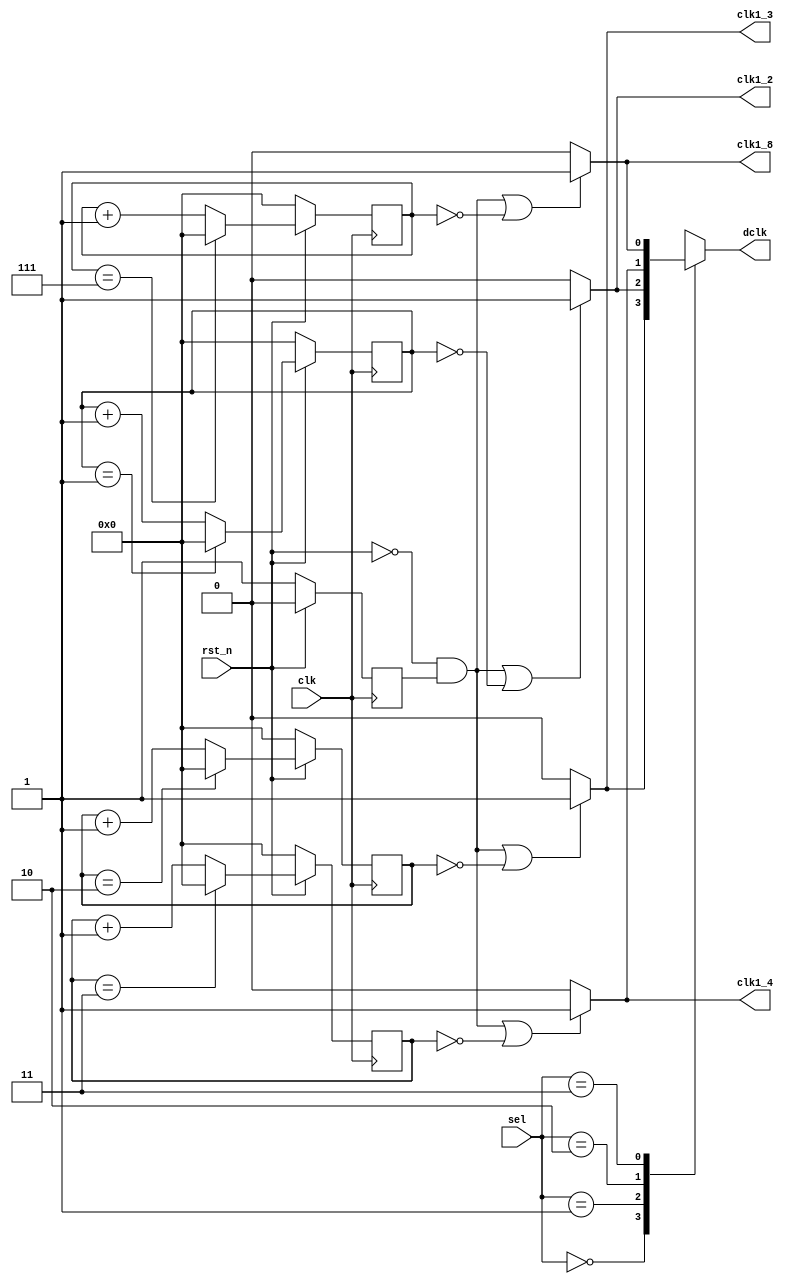
`timescale 1ns/1ps

module Clock_Divider (clk, rst_n, sel, clk1_2, clk1_4, clk1_8, clk1_3, dclk);
    input clk, rst_n;
    input [2-1:0] sel;
    output clk1_2;
    output clk1_4;
    output clk1_8;
    output clk1_3;
    output dclk;
    
    reg dclk;
    reg [3:0] counter_2, counter_3, counter_4, counter_8;
    reg [3:0] n_counter_2, n_counter_3, n_counter_4, n_counter_8;
    reg vaild;
    wire clk1_2, clk1_4, clk1_3, clk1_8;

    assign clk1_2 = ((!rst_n && vaild) || (counter_2 == 0))? 1:0;
    assign clk1_3 = ((!rst_n && vaild) || (counter_3 == 0))? 1:0;
    assign clk1_4 = ((!rst_n && vaild) || (counter_4 == 0))? 1:0;
    assign clk1_8 = ((!rst_n && vaild) || (counter_8 == 0))? 1:0;

    always @(*) begin
        if (counter_2 == 1) n_counter_2 = 0;
        else n_counter_2 = counter_2+1;

        if (counter_3 == 2) n_counter_3 = 0;
        else n_counter_3 = counter_3+1;

        if (counter_4 == 3) n_counter_4 = 0;
        else n_counter_4 = counter_4+1;

        if (counter_8 == 7) n_counter_8 = 0;
        else n_counter_8 = counter_8+1;
    end

    always @(posedge clk) begin
        if (!rst_n) begin
            vaild <= 1;
            counter_2 <= 0;
            counter_3 <= 0;
            counter_4 <= 0;
            counter_8 <= 0;
        end
        else begin
            vaild <= 0;
            counter_2 <= n_counter_2;
            counter_3 <= n_counter_3;
            counter_4 <= n_counter_4;
            counter_8 <= n_counter_8;
        end
    end

    always @(*) begin
        case (sel)
            2'b00: dclk = clk1_3;
            2'b01: dclk = clk1_2;
            2'b10: dclk = clk1_4;
            2'b11: dclk = clk1_8;
            default: dclk = 0;
        endcase
    end

endmodule